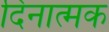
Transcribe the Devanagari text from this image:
दिनात्मक